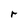
Character: r